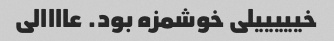
خیییییلی خوشمزه بود. عاااالی